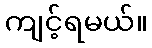
ကျင့်ရမယ်။